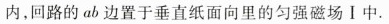
内，回路的 ab 边置于垂直纸面向里的匀强磁场Ⅰ中.